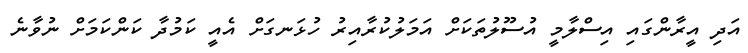
އަދި އީރާންގައި އިސްލާމީ އުސޫލުތަކަށް އަމަލުކުރާއިރު ހުޅަނގަށް އެއީ ކަމުދާ ކަންކަމަށް ނުވާނެ